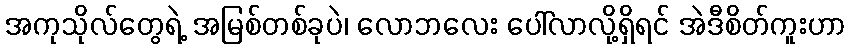
အကုသိုလ်တွေရဲ့ အမြစ်တစ်ခုပဲ၊ လောဘလေး ပေါ်လာလို့ရှိရင် အဲဒီစိတ်ကူးဟာ